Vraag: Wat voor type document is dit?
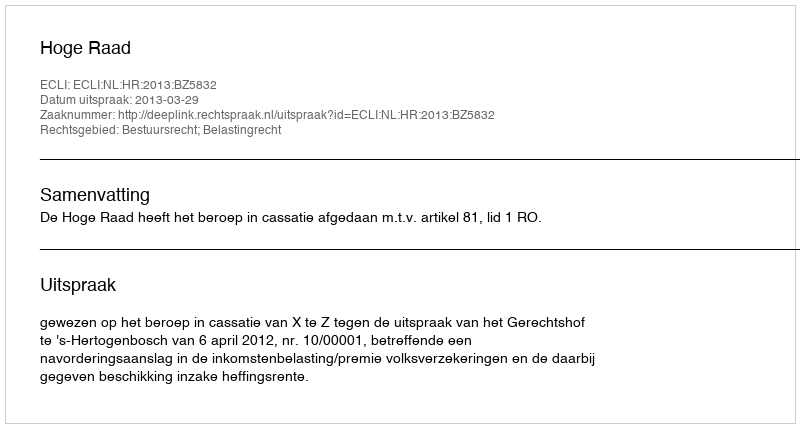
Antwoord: Uitspraak